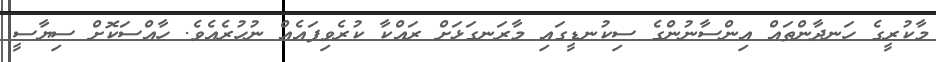
މާކުރީގެ ހަނދާންތައް އިންސާނުންގެ ސިކުނޑީގައި މާރަނގަޅަށް ރައްކާ ކުރެވިފައެއް ނުހުރެއެވެ. ހާއްސަކޮށް ސިޔާސީ